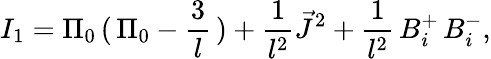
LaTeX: I_{1}=\Pi_{0}\, (\, \Pi_{0}-\frac{3}{l}\, )+\frac{1}{l^{2}}\vec{J}^{2}+\frac{1}{l^{2}}\, B_{i}^{+}\, B_{i}^{-},